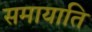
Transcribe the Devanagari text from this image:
समायाति